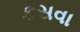
કસવા